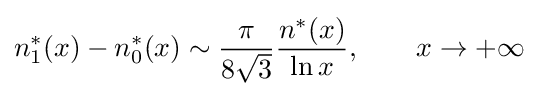
n_{1}^{*}(x)-n_{0}^{*}(x)\sim {\frac {\pi }{8{\sqrt {3}}}}{\frac {n^{*}(x)}{\ln x}},\qquad x\to +\infty